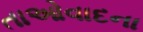
તાઓવાદના